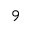
^ { 9 }